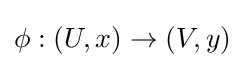
\phi :(U,x)\to (V,y)